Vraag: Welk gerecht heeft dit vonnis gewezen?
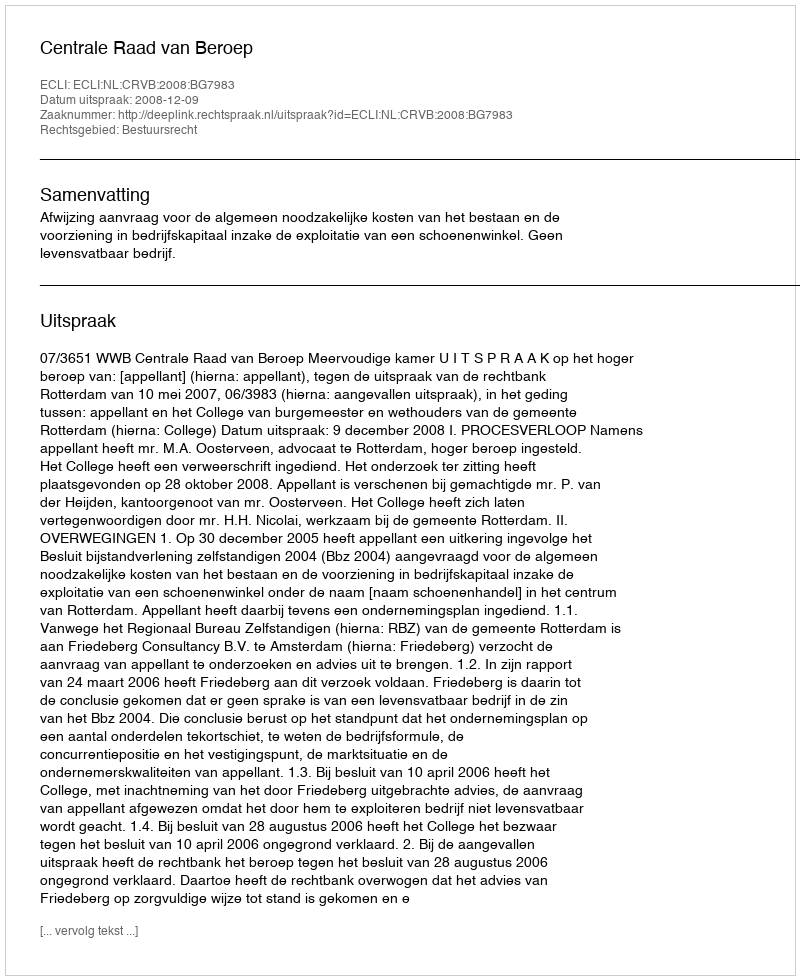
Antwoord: Centrale Raad van Beroep